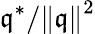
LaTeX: \mathfrak{q}^{*}/\left\Vert\mathfrak{q}\right\| ^{2}